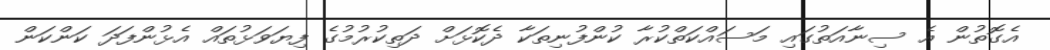
އެގޮތުން އެ ސިނާއަތުގައި މަސައްކަތްކުރާ ކުންފުނިތަކާ ދެކޮޅަށް ދަތިކުރުމުގެ ފިޔަވަޅުތައް އެޅުންފަދަ ކަންކަން